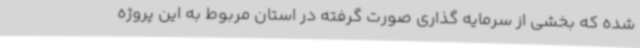
شده که بخشی از سرمایه گذاری صورت گرفته در استان مربوط به این پروژه